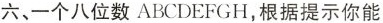
六、一个八位数ABCDEFGH，根据提示你能